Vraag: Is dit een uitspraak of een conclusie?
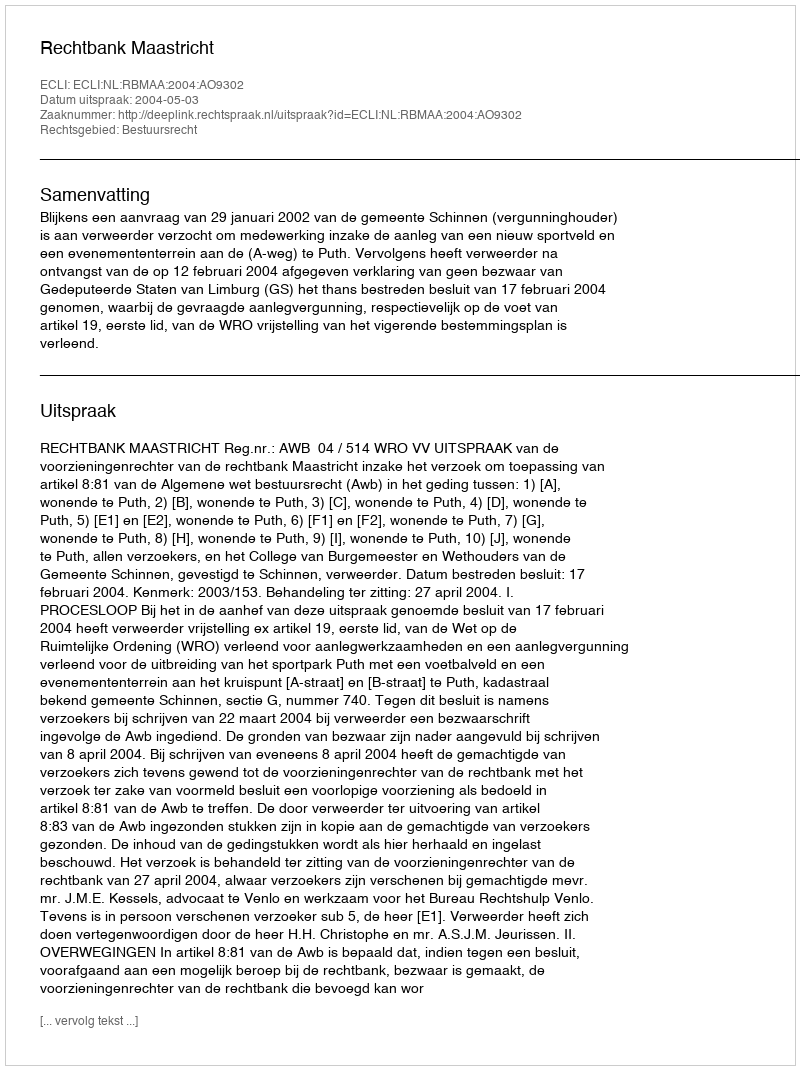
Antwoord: Uitspraak